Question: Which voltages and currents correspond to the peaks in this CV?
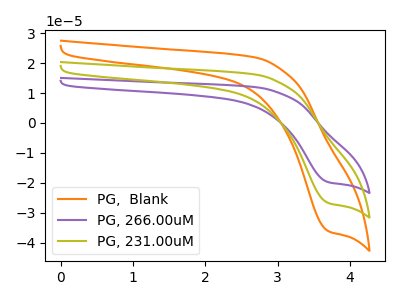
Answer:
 <answer>The orange curve "PG,  Blank" has a cathodic peak at: (3.70V, -53.45uA). The purple curve "PG, 266.00uM" has a cathodic peak at: (3.70V, -19.80uA). The olive curve "PG, 231.00uM" has a cathodic peak at: (3.70V, -26.75uA).</answer>
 <eval></eval>